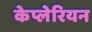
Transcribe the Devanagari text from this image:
केप्लेरियन